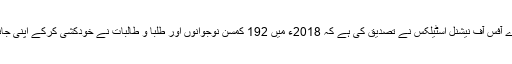
برطانوی ادارے آفس آف نیشنل اسٹیلکس نے تصدیق کی ہے کہ 2018ء میں 192 کمسن نوجوانوں اور طلبا و طالبات نے خودکشی کرکے اپنی جانیں لے لی ہیں۔